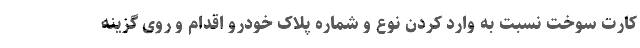
کارت سوخت نسبت به وارد کردن نوع و شماره پلاک خودرو اقدام و روی گزینه